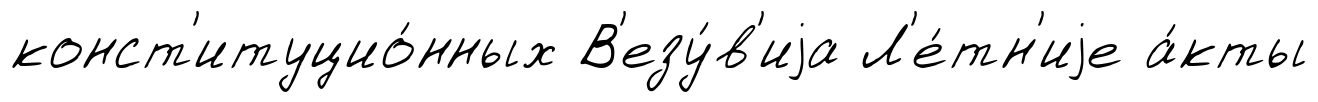
конст'итуцио́нных В'езу́в'иjа Л'е́тн'иjе а́кты